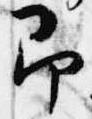
即